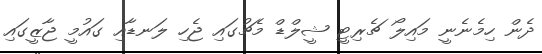
ދެން ހިމެނެނީ މައިލޯ ޗެރިޓީ ޝީލްޑް މެޗުގައި ޖެހި ލަނޑާއި ގައުމީ ޖާޒީގައި